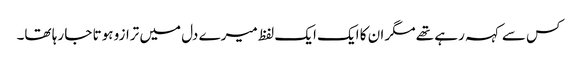
کس سے کہہ رہے تھے مگر ان کا ایک ایک لفظ میرے دل میں ترازو ہوتا جا رہا تھا۔